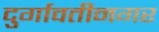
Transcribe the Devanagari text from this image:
दुर्गावतीनगर